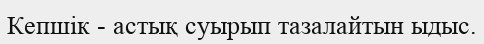
Кепшік - астық суырып тазалайтын ыдыс.